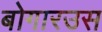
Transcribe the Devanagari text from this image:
बोगारउस